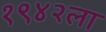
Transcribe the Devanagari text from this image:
१९४२ला